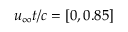
u _ { \infty } t / c = [ 0 , 0 . 8 5 ]